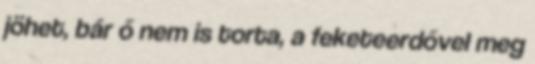
jöhet, bár ő nem is torta, a feketeerdővel meg